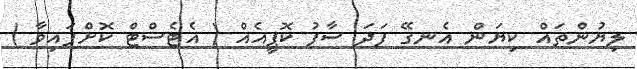
ލިޔުންތައް ކިޔަން އެނގޭ ފަދަ ސާފު ކޮޕީއެއް ( އެޓެސްޓް ކޮށްފައިވާ )